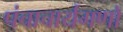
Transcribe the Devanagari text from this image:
पंचाचार्यगणों